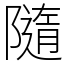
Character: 隨